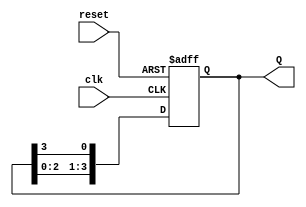
module ring_counter (
    input wire clk,        // Clock input
    input wire reset,      // Reset input
    output reg [3:0] Q     // 4-bit output representing the state of the counter
);

    // Initial state of the ring counter
    initial begin
        Q = 4'b0001; // Reset state: (1, 0, 0, 0)
    end

    always @(posedge clk or posedge reset) begin
        if (reset) begin
            Q <= 4'b0001; // Reset state to (1, 0, 0, 0)
        end else begin
            Q <= {Q[2:0], Q[3]}; // Shift the '1' to the next flip-flop
        end
    end
endmodule